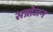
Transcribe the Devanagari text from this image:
सन्नोजन